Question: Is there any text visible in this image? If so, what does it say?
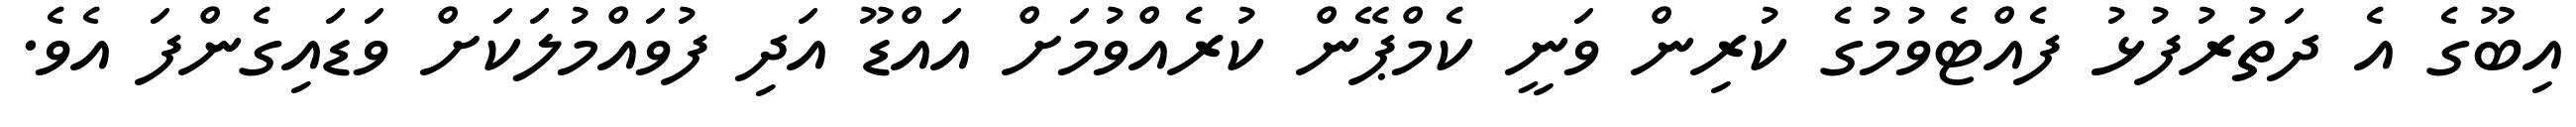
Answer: އިބޫގެ އެ ދަތުރުފުޅު ފެއްޓެވުމުގެ ކުރިން ވަނީ ކެމްޕޭން ކުރެއްވުމަށް އައްޑޫ އަދި ފުވައްމުލަކަށް ވަޑައިގެންފަ އެވެ.